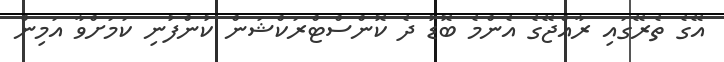
އޭގެ ތެރޭގައި ރާއްޖޭގެ އެންމެ ބޮޑު ދެ ކޮންސްޓްރަކްޝަން ކުންފުނި ކަމަށްވާ އަމިން